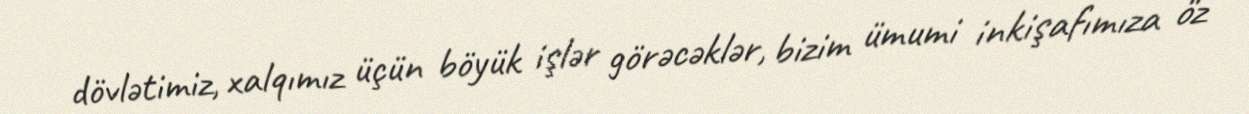
dövlətimiz, xalqımız üçün böyük işlər görəcəklər, bizim ümumi inkişafımıza öz